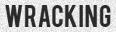
WRACKING